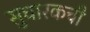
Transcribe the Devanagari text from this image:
सुधारकची